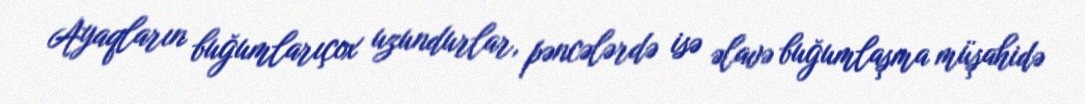
Ayaqların buğumlarıçox uzundurlar, pəncələrdə isə əlavə buğumlaşma müşahidə